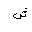
Letter: _shin